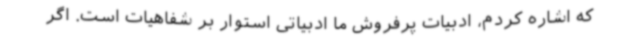
که اشاره کردم، ادبیات پرفروش ما ادبیاتی استوار بر شفاهیات است. اگر